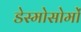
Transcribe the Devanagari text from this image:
डेस्मोसोमों